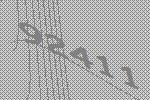
92411